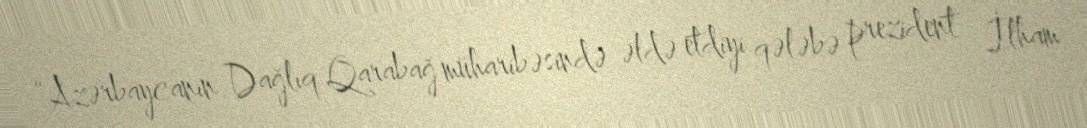
“Azərbaycanın Dağlıq Qarabağ müharibəsində əldə etdiyi qələbə prezident İlham